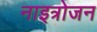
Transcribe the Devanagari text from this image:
नाइत्रोजन